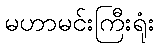
မဟာမင်းကြီးရုံး